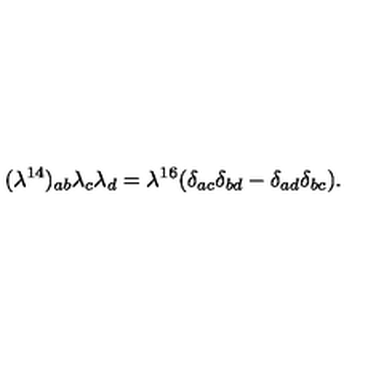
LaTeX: { ( \lambda ^ { 1 4 } ) _ { a b } \lambda _ { c } \lambda _ { d } = \lambda ^ { 1 6 } ( \delta _ { a c } \delta _ { b d } - \delta _ { a d } \delta _ { b c } ) . }